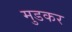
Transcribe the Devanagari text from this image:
मुडकर